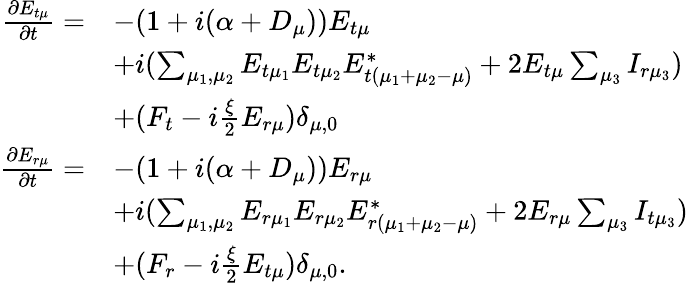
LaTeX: \begin{array}{rl}{\frac{\partial E_{t\mu}}{\partial t}=}&{-(1+i(\alpha+D_{\mu}))E_{t\mu}}\\ &{+i(\sum_{\mu_{1},\mu_{2}}E_{t\mu_{1}}E_{t\mu_{2}}E_{t(\mu_{1}+\mu_{2}-\mu)}^{*}+2E_{t\mu}\sum_{\mu_{3}}I_{r\mu_{3}})}\\ &{+(F_{t}-i\frac{\xi}{2}E_{r\mu})\delta_{\mu,0}}\\ {\frac{\partial E_{r\mu}}{\partial t}=}&{-(1+i(\alpha+D_{\mu}))E_{r\mu}}\\ &{+i(\sum_{\mu_{1},\mu_{2}}E_{r\mu_{1}}E_{r\mu_{2}}E_{r(\mu_{1}+\mu_{2}-\mu)}^{*}+2E_{r\mu}\sum_{\mu_{3}}I_{t\mu_{3}})}\\ &{+(F_{r}-i\frac{\xi}{2}E_{t\mu})\delta_{\mu,0}.}\end{array}